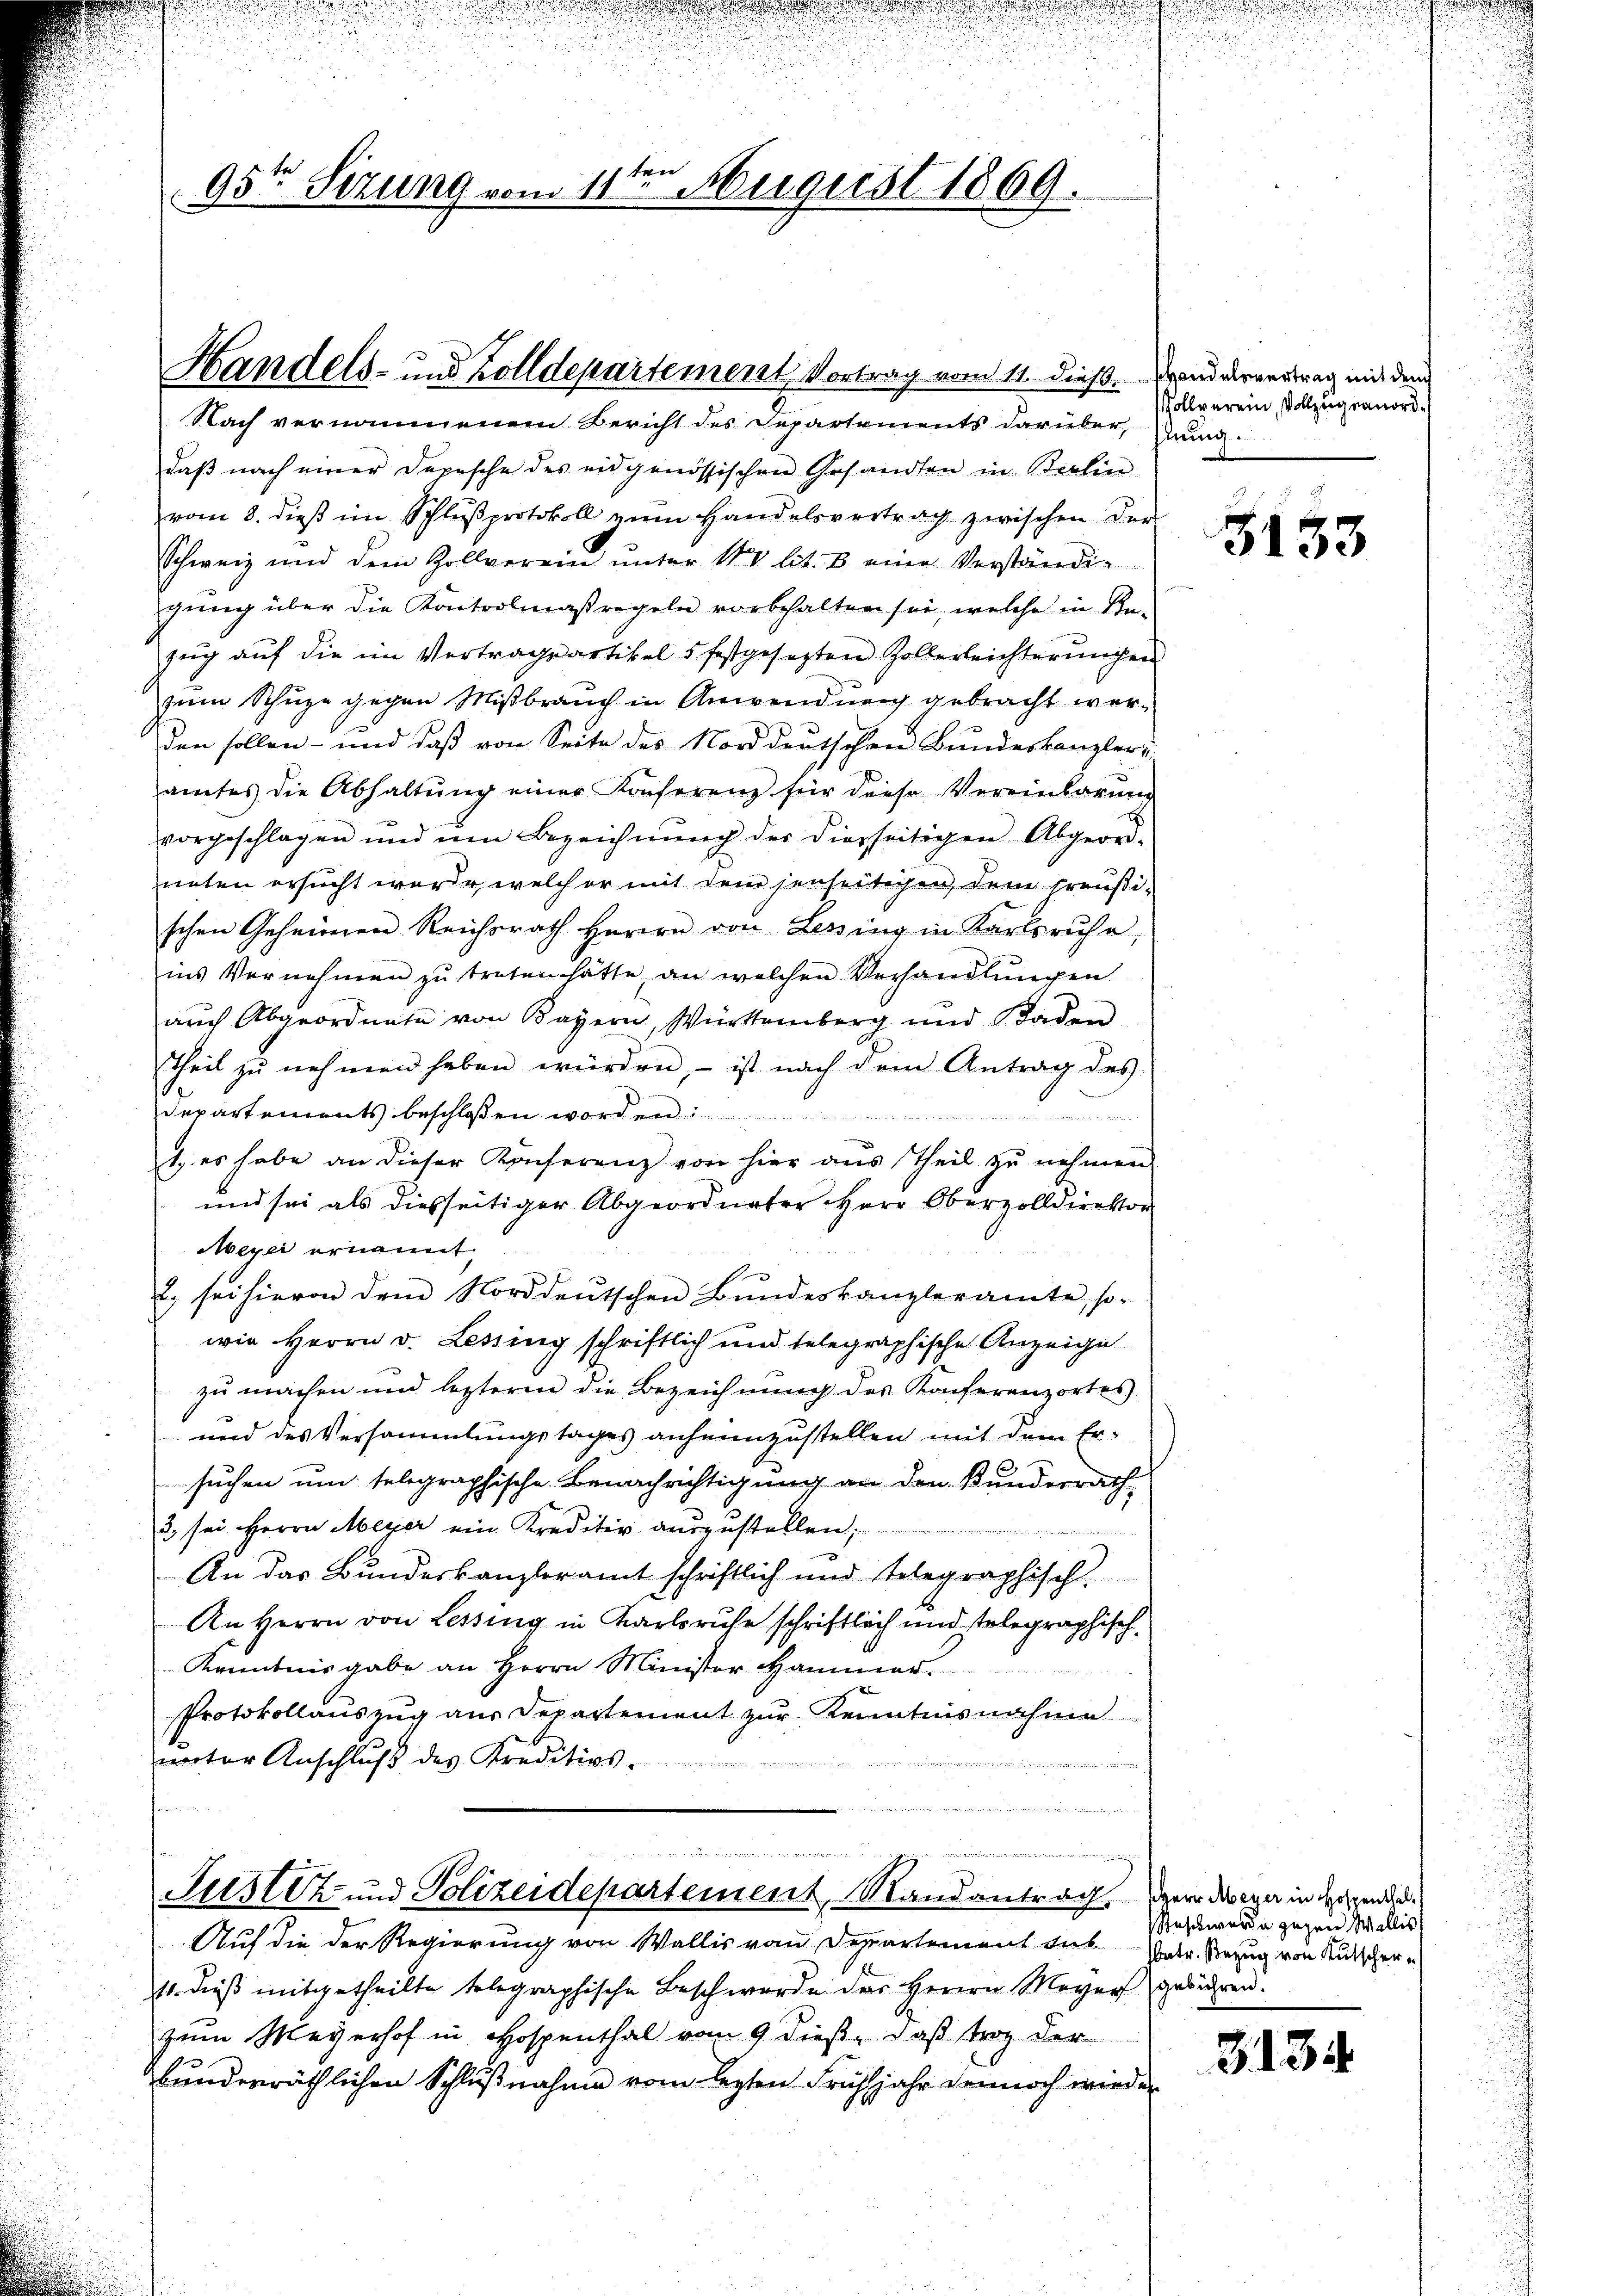
95te Sizung vom 11ten August 1869.

Handels- und Zolldepartement, Vortrag vom 11. dieß. Brand dervertrag mit dem

Nach vernommenem Bericht des Departements darüber, und
daß nach einer Depesche des eidgenössischen Gesandten in Berlin
vom 8. dieβ im Schlŭβprotokoll zŭm Handelsvertrag zwischen der
Schweiz und dem Zollverein ŭnter 142 lit. B. eine Verständig
gung über die Kontrolmaßregeln vorbehalten sei, welche in Bezug auf die im Vertragsartikel 5 festgesetzten Zollerleichterungen
zum Schüze gegen Mißbrauch in Anwendung gebracht werden sollen - und daß von Seite des Norddeutschen Bundeskanzler
amtes die Abhaltŭng einer Konferenz für diese Vereinbarŭng
vorgeschlagen und um Bezeichnŭng der diesseitigen Abgeord-
neten ersucht wurde, welch er mit dem jenseitigen, dem preußischen Geheimnen Reichsrath Herrn von Lessing in Karlsruhe,
ins Vernehmen zŭ treten hätte an welchen Verhandlŭngen
auch Abgeordnete von Bayern, Württemberg und Baden
Theil zŭ nehmen haben würden, ist nach dem Antrag des
Departements beschlossen worden.

n
1. es habe an dieser Konferenz von hier aus Theil zŭ nehmen
und sei als diesseitiger Abgeordneter Herr Oberzolldirektor
Meyer ernannt
2. sei hievon dem Norddeutschen Bŭndeskanzleramte, so-
wie Herrn v. Lessing schriftlich und telegraphische Anzeige
zu machen und lezteren die Bezeichnung des Konferenzortes
 und des Versammlungstages anheimzustellen mit dem Ersuchen um seligraphische Benachrichtigung an den Kundesrath
3 sei Herrn Meyer ein Kreditiv aŭszŭstellen;
An das Bundeskanzleramt schriftlich und telegraphisch.
An Herrn von Lessing in Karlsruhe schriftlich und telegraphisch¬
Kenntnisgabe an Herrn Minister Hammer
Protokollauszug aus Departement zur Kenntnisnahme
unter Anschluß des Kreditivs-
.

.
i
Justiz und Polizeidepartement, Mandantrag Herr Doga in dergende

Auf die der Regierung von Wallis von Departement du Patr. Bezug von Kutscher
11. dieß mitgetheilte telegraphische Beschwerde des Herrn Meyer gebühren.
zum Meyerhof in Hospenthal vom 9 dieß, daß trag der
bunderräthlichen Schlußnahme vom lezten Frühjahr dennoch werden

Zollverein, Vollzug anord¬

3133

eschwerde gegen Wallis

3.135